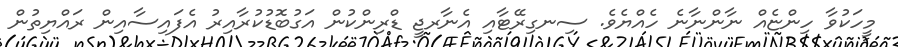
މީހަކުވާ ހިންޏެއް ނާންނާނެ ހެއްޔެވެ. ސިނގިރޭޓާއި އެނާރޖީ ޑްރިންކުން އަގުބޮޑުކުރާއިރު އެފައިސާއިން ރައްޔިތުން